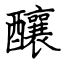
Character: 釀